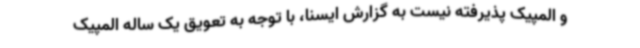
و المپیک پذیرفته نیست به گزارش ایسنا، با توجه به تعویق یک ساله المپیک